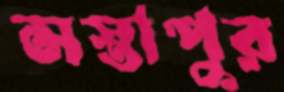
সস্তাপুর